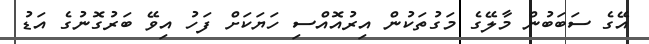
އޭގެ ސަބަބުން މާލޭގެ މަގުތަކުން އިރުއޮއްސި ހަޔަކަށް ފަހު އިވޭ ބަރުގޮނުގެ އަޑު